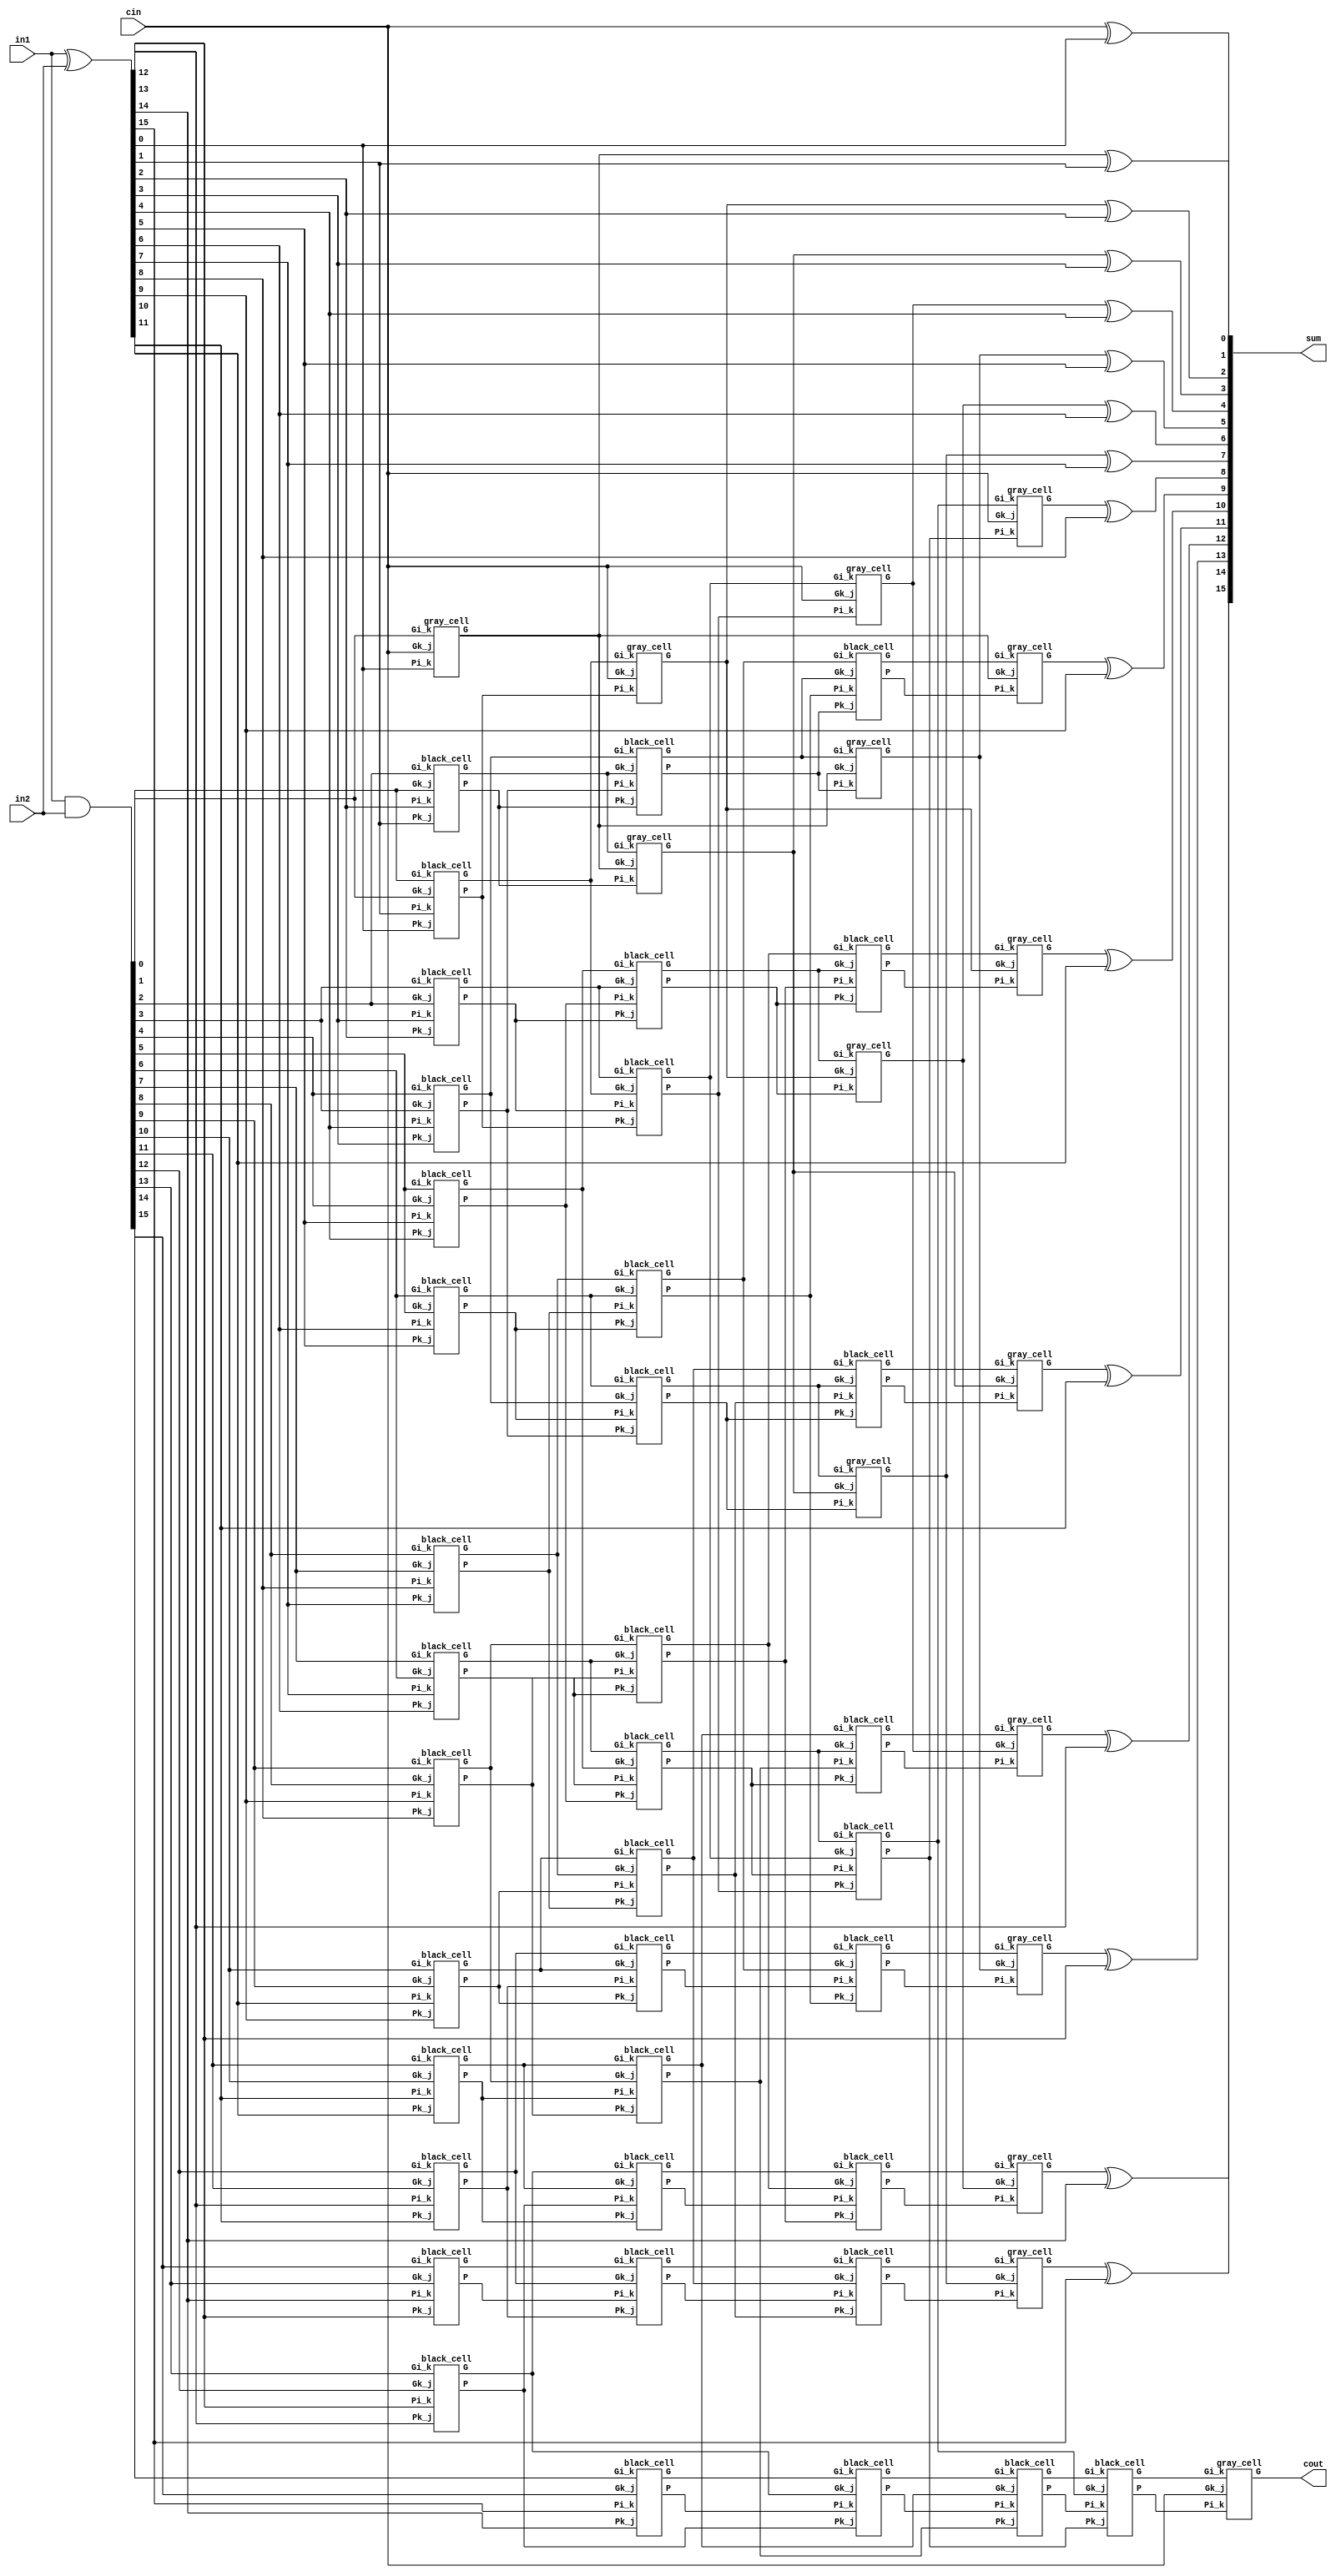
module kogge_stone_16(in1, in2, sum, cin, cout);

    /* This is a 16 bit kogge-stone parallel prefix adder
     * Area: 631.677782
     * Power: 0.2349mW
     * Timing: 0.46ns
     */
    input [15:0] in1, in2; //input
    output [15:0] sum; //output
    input cin; //carry-in
    output cout; //carry-out
    wire [15:0] G_Z, P_Z, //wires
    G_A, P_A,
    G_B, P_B,
    G_C, P_C,
    G_D, P_D;

    assign P_Z = in1 ^ in2;
    assign G_Z = in1 & in2;

    /*level 1*/
    gray_cell level_0A(cin, P_Z[0], G_Z[0], G_A[0]);
    black_cell level_1A(G_Z[0],  P_Z[1],  G_Z[1],  P_Z[0],  G_A[1],  P_A[1]);
    black_cell level_2A(G_Z[1],  P_Z[2],  G_Z[2],  P_Z[1],  G_A[2],  P_A[2]);
    black_cell level_3A(G_Z[2],  P_Z[3],  G_Z[3],  P_Z[2],  G_A[3],  P_A[3]);
    black_cell level_4A(G_Z[3],  P_Z[4],  G_Z[4],  P_Z[3],  G_A[4],  P_A[4]);
    black_cell level_5A(G_Z[4],  P_Z[5],  G_Z[5],  P_Z[4],  G_A[5],  P_A[5]);
    black_cell level_6A(G_Z[5],  P_Z[6],  G_Z[6],  P_Z[5],  G_A[6],  P_A[6]);
    black_cell level_7A(G_Z[6],  P_Z[7],  G_Z[7],  P_Z[6],  G_A[7],  P_A[7]);

    black_cell level_8A(G_Z[7],  P_Z[8],  G_Z[8],  P_Z[7],  G_A[8],  P_A[8]);
    black_cell level_9A(G_Z[8],  P_Z[9],  G_Z[9],  P_Z[8],  G_A[9],  P_A[9]);
    black_cell level_AA(G_Z[9],  P_Z[10], G_Z[10], P_Z[9],  G_A[10], P_A[10]);
    black_cell level_BA(G_Z[10], P_Z[11], G_Z[11], P_Z[10], G_A[11], P_A[11]);
    black_cell level_CA(G_Z[11], P_Z[12], G_Z[12], P_Z[11], G_A[12], P_A[12]);
    black_cell level_DA(G_Z[12], P_Z[13], G_Z[13], P_Z[12], G_A[13], P_A[13]);
    black_cell level_EA(G_Z[13], P_Z[14], G_Z[14], P_Z[13], G_A[14], P_A[14]);
    black_cell level_FA(G_Z[14], P_Z[15], G_Z[15], P_Z[14], G_A[15], P_A[15]);


    /*level 2*/ 
    gray_cell level_1B(cin,      P_A[1],  G_A[1],  G_B[1]);
    gray_cell level_2B(G_A[0],   P_A[2],  G_A[2],  G_B[2]);
    black_cell level_3B(G_A[1],  P_A[3],  G_A[3],  P_A[1],  G_B[3],  P_B[3]);
    black_cell level_4B(G_A[2],  P_A[4],  G_A[4],  P_A[2],  G_B[4],  P_B[4]);
    black_cell level_5B(G_A[3],  P_A[5],  G_A[5],  P_A[3],  G_B[5],  P_B[5]);
    black_cell level_6B(G_A[4],  P_A[6],  G_A[6],  P_A[4],  G_B[6],  P_B[6]);
    black_cell level_7B(G_A[5],  P_A[7],  G_A[7],  P_A[5],  G_B[7],  P_B[7]);
    black_cell level_8B(G_A[6],  P_A[8],  G_A[8],  P_A[6],  G_B[8],  P_B[8]);
    black_cell level_9B(G_A[7],  P_A[9],  G_A[9],  P_A[7],  G_B[9],  P_B[9]);
    black_cell level_AB(G_A[8],  P_A[10], G_A[10], P_A[8],  G_B[10], P_B[10]);
    black_cell level_BB(G_A[9],  P_A[11], G_A[11], P_A[9],  G_B[11], P_B[11]);
    black_cell level_CB(G_A[10], P_A[12], G_A[12], P_A[10], G_B[12], P_B[12]);
    black_cell level_DB(G_A[11], P_A[13], G_A[13], P_A[11], G_B[13], P_B[13]);
    black_cell level_EB(G_A[12], P_A[14], G_A[14], P_A[12], G_B[14], P_B[14]);
    black_cell level_FB(G_A[13], P_A[15], G_A[15], P_A[13], G_B[15], P_B[15]);

    /*level 3*/
    gray_cell level_3C(cin,      P_B[3],  G_B[3],  G_C[3]);
    gray_cell level_4C(G_A[0],   P_B[4],  G_B[4],  G_C[4]);
    gray_cell level_5C(G_B[1],   P_B[5],  G_B[5],  G_C[5]);
    gray_cell level_6C(G_B[2],   P_B[6],  G_B[6],  G_C[6]);
    black_cell level_7C(G_B[3],  P_B[7],  G_B[7],  P_B[3],  G_C[7],  P_C[7]);
    black_cell level_8C(G_B[4],  P_B[8],  G_B[8],  P_B[4],  G_C[8],  P_C[8]);
    black_cell level_9C(G_B[5],  P_B[9],  G_B[9],  P_B[5],  G_C[9],  P_C[9]);
    black_cell level_AC(G_B[6],  P_B[10], G_B[10], P_B[6],  G_C[10], P_C[10]);
    black_cell level_BC(G_B[7],  P_B[11], G_B[11], P_B[7],  G_C[11], P_C[11]);
    black_cell level_CC(G_B[8],  P_B[12], G_B[12], P_B[8],  G_C[12], P_C[12]);
    black_cell level_DC(G_B[9],  P_B[13], G_B[13], P_B[9],  G_C[13], P_C[13]);
    black_cell level_EC(G_B[10], P_B[14], G_B[14], P_B[10], G_C[14], P_C[14]);
    black_cell level_FC(G_B[11], P_B[15], G_B[15], P_B[11], G_C[15], P_C[15]);

    /*level 4*/
    gray_cell level_7D(cin,      P_C[7],   G_C[7],           G_D[7]);
    gray_cell level_8D(G_A[0],   P_C[8],   G_C[8],           G_D[8]);
    gray_cell level_9D(G_B[1],   P_C[9],   G_C[9],           G_D[9]);
    gray_cell level_AD(G_B[2],   P_C[10],  G_C[10],          G_D[10]);
    gray_cell level_BD(G_C[3],   P_C[11],  G_C[11],          G_D[11]);
    gray_cell level_CD(G_C[4],   P_C[12],  G_C[12],          G_D[12]);
    gray_cell level_DD(G_C[5],   P_C[13],  G_C[13],          G_D[13]);
    gray_cell level_ED(G_C[6],   P_C[14],  G_C[14],          G_D[14]);
    black_cell level_FD(G_C[7],  P_C[15],  G_C[15],  P_C[7], G_D[15], P_D[15]);    

    /*level 5*/
    gray_cell level_15E(cin, P_D[15], G_D[15], cout);

    /*outputs*/
    assign sum[0]  = cin     ^ P_Z[0];
    assign sum[1]  = G_A[0]  ^ P_Z[1];
    assign sum[2]  = G_B[1]  ^ P_Z[2];
    assign sum[3]  = G_B[2]  ^ P_Z[3];
    assign sum[4]  = G_C[3]  ^ P_Z[4];
    assign sum[5]  = G_C[4]  ^ P_Z[5];
    assign sum[6]  = G_C[5]  ^ P_Z[6];
    assign sum[7]  = G_C[6]  ^ P_Z[7];
    assign sum[8]  = G_D[7]  ^ P_Z[8];
    assign sum[9]  = G_D[8]  ^ P_Z[9];
    assign sum[10] = G_D[9]  ^ P_Z[10];
    assign sum[11] = G_D[10] ^ P_Z[11];
    assign sum[12] = G_D[11] ^ P_Z[12];
    assign sum[13] = G_D[12] ^ P_Z[13];
    assign sum[14] = G_D[13] ^ P_Z[14];
    assign sum[15] = G_D[14] ^ P_Z[15];

endmodule

module gray_cell(Gk_j, Pi_k, Gi_k, G);
    input Gk_j, Pi_k, Gi_k;
    output G;
    wire Y;
    and(Y, Gk_j, Pi_k);
    or(G, Y, Gi_k);
endmodule

module black_cell(Gk_j, Pi_k, Gi_k, Pk_j, G, P);
    input Gk_j, Pi_k, Gi_k, Pk_j;
    output G, P;
    wire Y;
    and(Y, Gk_j, Pi_k);
    or(G, Gi_k, Y);
    and(P, Pk_j, Pi_k);
endmodule